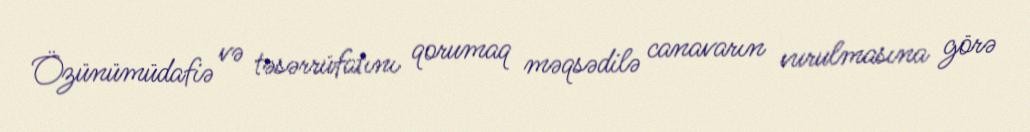
Özünümüdafiə və təsərrüfatını qorumaq məqsədilə canavarın vurulmasına görə